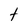
Character: t